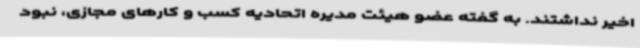
اخیر نداشتند. به گفته عضو هیئت مدیره اتحادیه کسب و کارهای مجازی، نبود